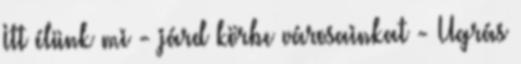
Itt élünk mi - járd körbe városainkat - Ugrás